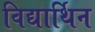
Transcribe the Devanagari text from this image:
विद्यार्थिन